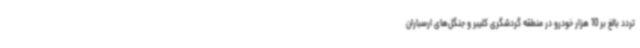
تردد بالغ بر 10 هزار خودرو در منطقه گردشگری کلیبر و جنگل‌های ارسباران